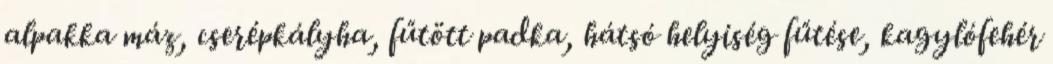
alpakka máz, cserépkályha, fűtött padka, hátsó helyiség fűtése, kagylófehér